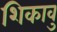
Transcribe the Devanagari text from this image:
शिकावु